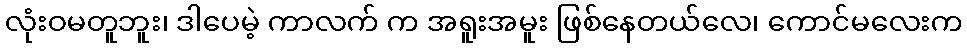
လုံးဝမတူဘူး၊ ဒါပေမဲ့ ကာလက် က အရူးအမူး ဖြစ်နေတယ်လေ၊ ကောင်မလေးက